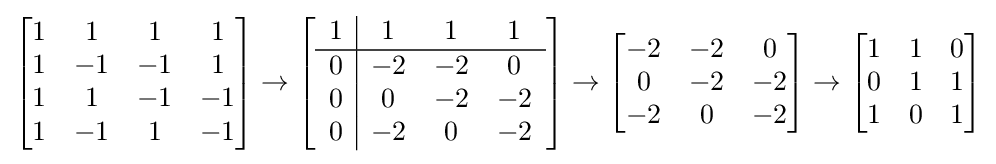
{\begin{bmatrix}1&1&1&1\\1&-1&-1&1\\1&1&-1&-1\\1&-1&1&-1\end{bmatrix}}\rightarrow \left[{\begin{array}{c|ccc}1&1&1&1\\\hline 0&-2&-2&0\\0&0&-2&-2\\0&-2&0&-2\end{array}}\right]\rightarrow {\begin{bmatrix}-2&-2&0\\0&-2&-2\\-2&0&-2\end{bmatrix}}\rightarrow {\begin{bmatrix}1&1&0\\0&1&1\\1&0&1\end{bmatrix}}